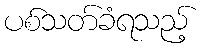
ပစ်သတ်ခံရသည့်